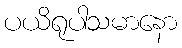
ပယိရုပါသမာနော